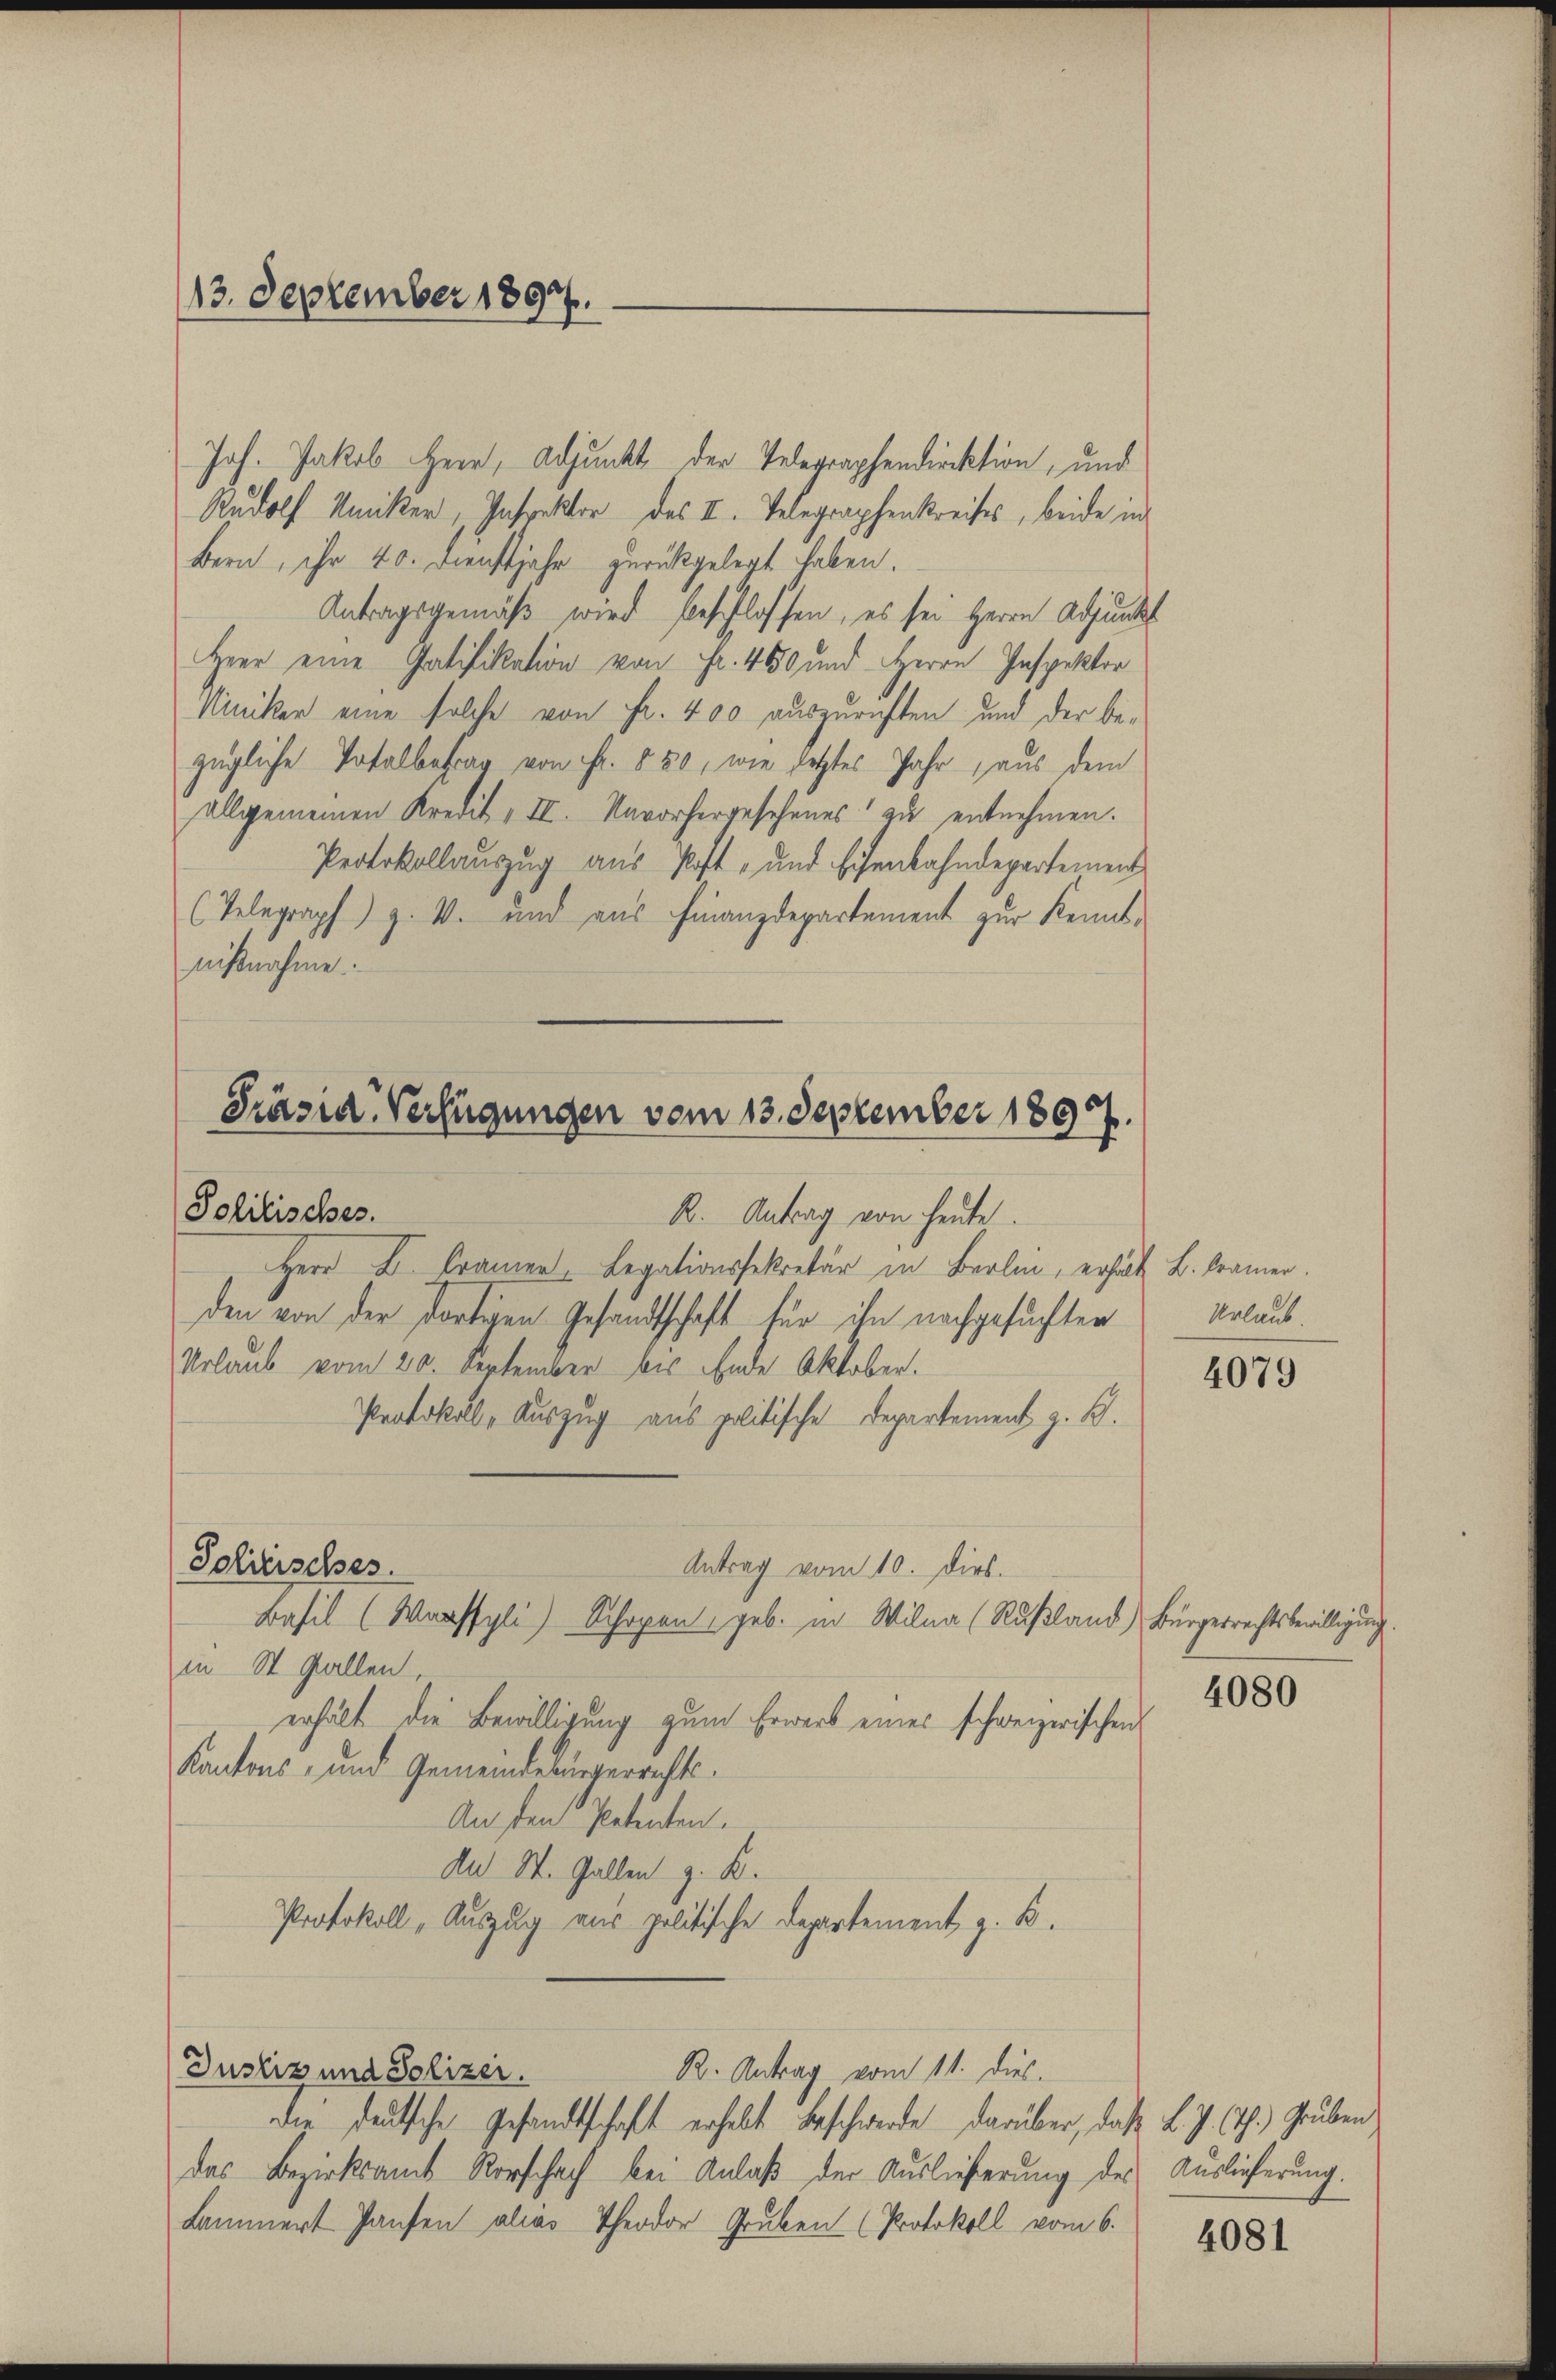
13. September 1897.

Joh. Jakob Herr, Adjunkt der Telegraphendirektion, und
Rudolf Kniker, Inspektor des II. Telegraphenkreises, beide in
Bern, ihr 40. Dienstjahr zurückgelegt haben.
Antragsgemäß wird beschlossen, es sei Herrn Adjunkt
Herr eine Gatifikation von Fr. 450 und Herrn Inspektor
Niniker eine solche von Fr. 400 auszurichten und der be-
zügliche Totalbetrag von Fr. 550, wie jetztes Jahr aus dem
allgemeinen Kredit, II. Navorhergesehenes zu entnehmen.
Protokollauszug aus Post- und Eisenbahndepartement
(Telegraph) z. W. und aus Finanzdepartement zur Kenntnißnahme.

Präsid. Verfügungen vom 13. September 1890
Politisches.
R. Antrag von heute.

Solitisches.

Herr D. Cramer Legationssekretär in Berli, erhält L. Cramer.
den von der dortigen Gesandtschaft für ihn nachgesuchten
Urlaub vom 20. September bis Ende Oktober.
Protokoll, Auszug aus politische Departement z. B.
Antrag vom 10. Dirs.
Basil (Würssyli) Schopen geb. in Wilna (Rußland) Bürgerrechtsbewilligung.
in St. Gallen,
erhält die Bewilligung zum Erwerb eines schweizerischen
Kantons, und Gemeindebürgerrechts¬
An den Petenten.
An St. Gallen z. B.
Protokoll - Auszug aus politische Departement, z. B.
R. Antrag vom 11. dies
Justiz und Polizei.
die Deutsche Gesandtschaft erhalt beschwerde darüber, daß L. J. h. Gruben
das Bezirksamt Rorschach bei Anlaß der Auslieferung des Auslieferung.
Lammert Pausen alias Theodor Gruben (Protokoll vom 6.

Urlaub.

4079

4080

4081